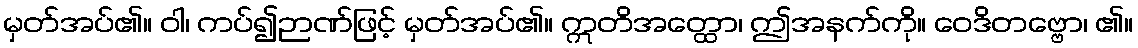
မှတ်အပ်၏။ ဝါ၊ ကပ်၍ဉာဏ်ဖြင့် မှတ်အပ်၏။ ဣတိအတ္ထော၊ ဤအနက်ကို။ ဝေဒိတဗ္ဗော၊ ၏။